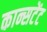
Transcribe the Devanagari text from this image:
कान्सटेंट